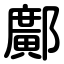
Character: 鄺